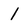
Character: 1